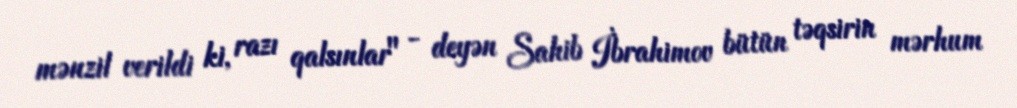
mənzil verildi ki, razı qalsınlar" - deyən Sahib İbrahimov bütün təqsirin mərhum